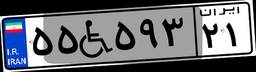
۵۷W۷۲۵۰۹